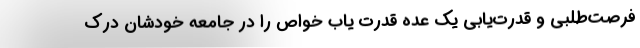
فرصت‌طلبی و قدرت‌یابی یک عده قدرت یاب خواص را در جامعه خودشان درک